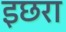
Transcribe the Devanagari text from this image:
इछरा